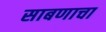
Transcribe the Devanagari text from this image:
साबणाचा